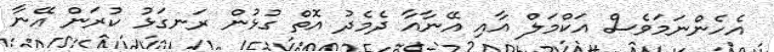
އެހެންނަމަވެސް އަކްމަލް އާއި އޭނާއާ ދެމެދު އޮތް ގުޅުން ރަނގަޅު ކުރަން އޭނާ